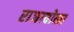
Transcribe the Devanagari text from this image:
राजावोका